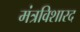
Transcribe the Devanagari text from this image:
मंत्रविशारद